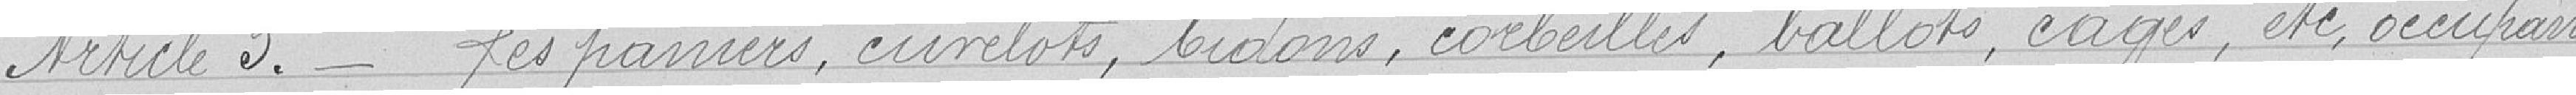
Article 3. - Les paniers, cuvelots, bidons, corbeilles, ballots, cages, etc, occupant